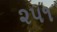
૨૫૧